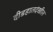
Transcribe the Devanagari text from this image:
दीडहातदेखील